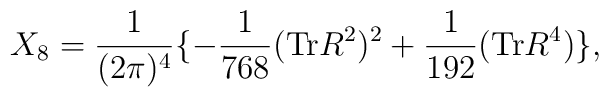
X_{8} = \frac{1}{ (2\pi)^4} \lbrace - \frac{1}{768} ({\rm{Tr}} R^2)^2 + \frac{1}{192} ({\rm Tr} R^4) \rbrace,